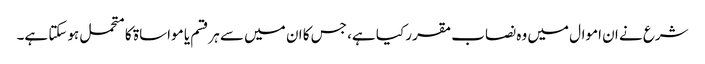
شرع نے ان اموال میں وہ نصاب مقرر کیا ہے، جس کا ان میں سے ہرقسم یا مواساۃ کا متحمل ہوسکتا ہے۔